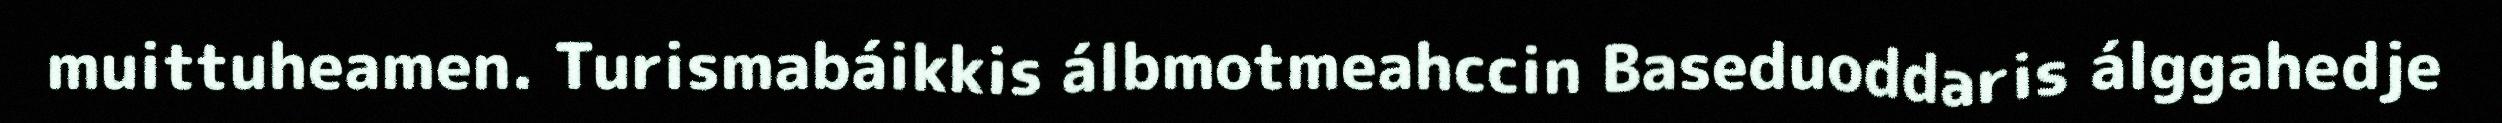
muittuheamen. Turismabáikkis álbmotmeahccin Baseduoddaris álggahedje